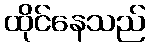
ထိုင်နေသည်